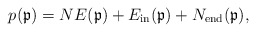
\begin{gather*}p(\mathfrak{p})= NE(\mathfrak{p})+E_{\rm in}(\mathfrak{p})+N_{\rm end}(\mathfrak{p}),\end{gather*}